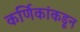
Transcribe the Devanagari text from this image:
कर्णिकांकडून